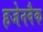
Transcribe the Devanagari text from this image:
हजेनवैक